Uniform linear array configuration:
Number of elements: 8
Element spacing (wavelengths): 0.5
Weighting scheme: uniform
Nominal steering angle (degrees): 0
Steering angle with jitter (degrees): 1.615
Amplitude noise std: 0.05
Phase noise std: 0.05

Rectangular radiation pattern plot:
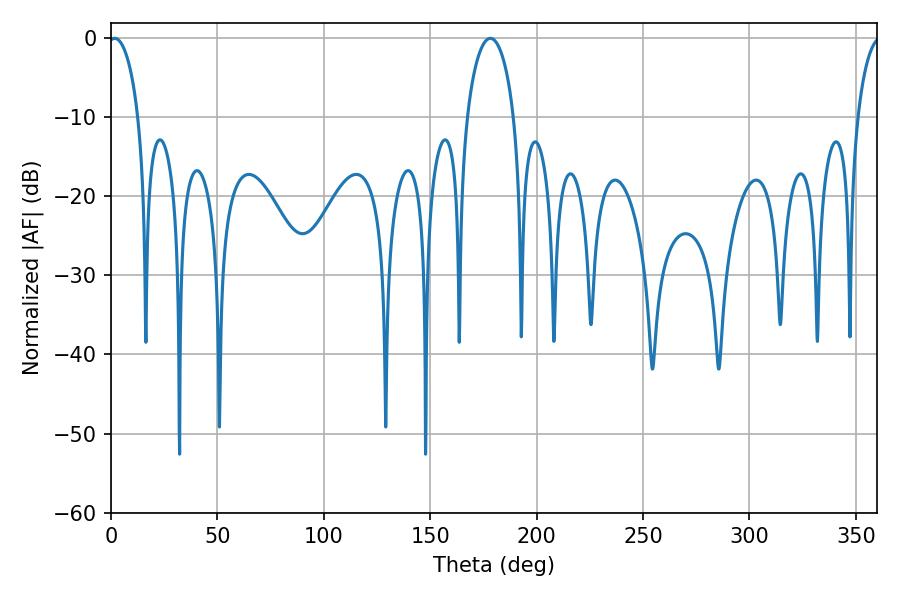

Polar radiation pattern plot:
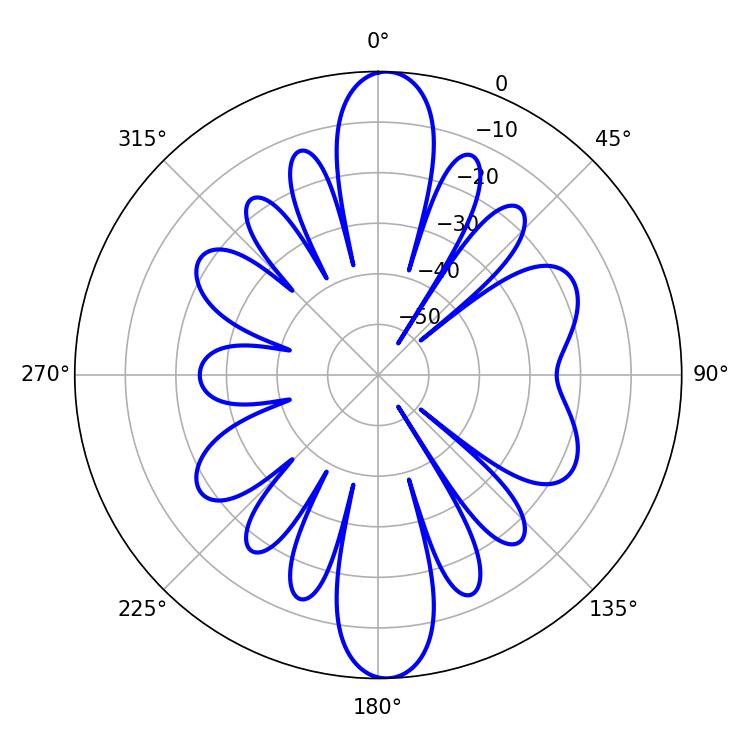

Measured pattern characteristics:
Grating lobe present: FALSE
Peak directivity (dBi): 19.752
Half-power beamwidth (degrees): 8.1
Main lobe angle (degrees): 1.8